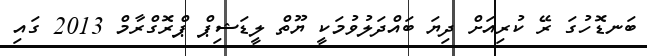
ބަނޑޮހުގަ ރޭ ކުރިއަށް ދިޔަ ބައްދަލުވުމަކީ ޔޫތް ލީޑަޝިޕް ޕްރޮގްރާމް 2013 ގައި